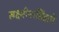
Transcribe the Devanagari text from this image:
लक्ष्मीनरसिंहाचें